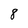
Character: 8